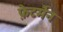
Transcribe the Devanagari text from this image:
फ़ेटर्मैन